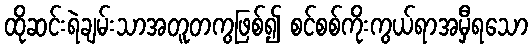
ထိုဆင်းရဲချမ်းသာအတူတကွဖြစ်၍ စင်စစ်ကိုးကွယ်ရာအမှီရသော